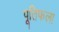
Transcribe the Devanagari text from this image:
पूतिफला